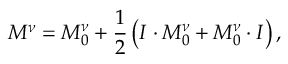
M ^ { \nu } = M _ { 0 } ^ { \nu } + \frac { 1 } { 2 } \left( I \cdot M _ { 0 } ^ { \nu } + M _ { 0 } ^ { \nu } \cdot I \right) ,